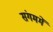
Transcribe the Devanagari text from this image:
संगममें